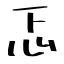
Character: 忑